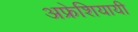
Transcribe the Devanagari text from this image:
अफ्रेशियायी